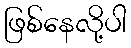
ဖြစ်နေလို့ပါ